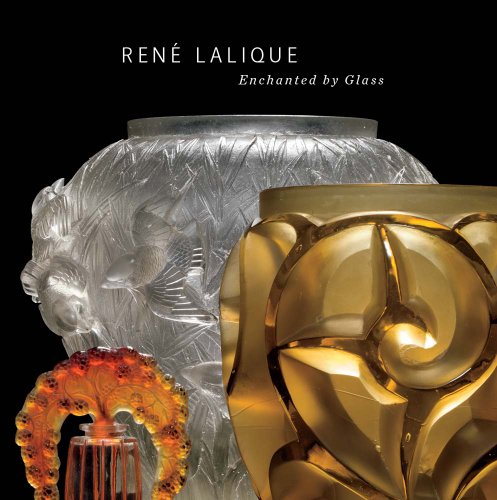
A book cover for RenÃ© Lalique: Enchanted by Glass; Kelley Jo Elliott; Crafts, Hobbies & Home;